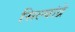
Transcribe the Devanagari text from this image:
सिल्वांद्रे